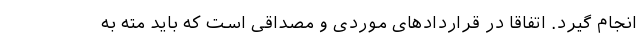
انجام گیرد. اتفاقا در قراردادهای موردی و مصداقی است که باید مته به